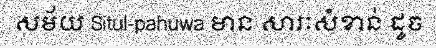
សម័យ Situl-pahuwa មាន សារៈសំខាន់ ដូច